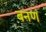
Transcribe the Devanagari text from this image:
बनणं